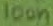
Text: 100n